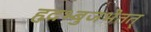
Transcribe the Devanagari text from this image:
हृदभ्बुजभेतत्